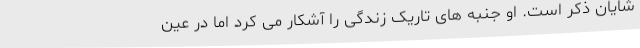
شایان ذکر است. او جنبه های تاریک زندگی را آشکار می کرد اما در عین